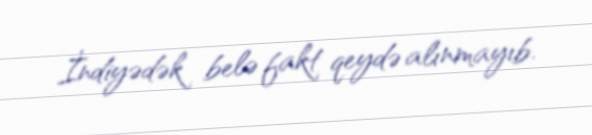
İndiyədək belə fakt qeydə alınmayıb.